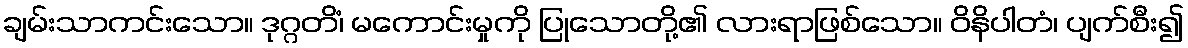
ချမ်းသာကင်းသော။ ဒုဂ္ဂတိံ၊ မကောင်းမှုကို ပြုသောတို့၏ လားရာဖြစ်သော။ ဝိနိပါတံ၊ ပျက်စီး၍